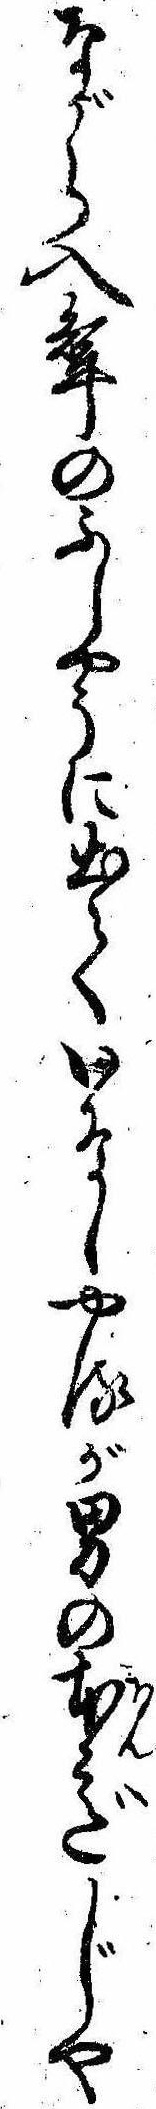
ながら入婿のふしやうに出ていなしやるが男の本意じや